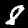
Digit: 8